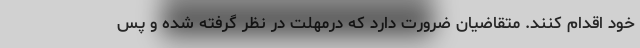
خود اقدام کنند. متقاضیان ضرورت دارد که درمهلت در نظر گرفته شده و پس